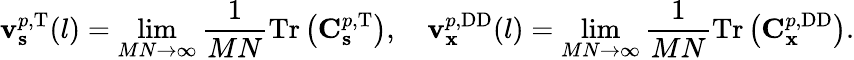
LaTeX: \mathbf{v}_{\mathbf{{s}}}^{p,\mathrm{{T}}}(l)=\operatorname*{lim}_{MN\rightarrow\infty}{\frac{{1}}{{MN}}\mathrm{{Tr}}\left(\mathbf{{C}}_{\mathbf{{s}}}^{p,\mathrm{{T}}}\right)},\quad\mathbf{v}_{\mathbf{{x}}}^{p,\mathrm{{DD}}}(l)=\operatorname*{lim}_{MN\rightarrow\infty}{\frac{{1}}{{MN}}\mathrm{{Tr}}\left(\mathbf{{C}}_{\mathbf{{x}}}^{p,\mathrm{{DD}}}\right)}.